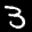
Label: 3